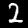
Label: 2